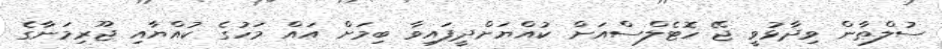
ސުލްޠާން ވިދާޅުވީ ޖޭ ހޮޓެލްސްއަށް ކުއްޔަށްދީފައިވާ ބިމަށް އައް މަހުގެ ކުއްޔާއި ޖޫރިމަނާގެ